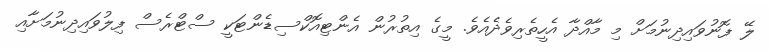
ލޭ ފޮނުވައިދިނުމަށް މި މާއްދާ އެހީތެރިވެދެއެވެ. މީގެ އިތުރުން އެންޓިއޮކްސިޑެންޓަކީ ސްޓްރެސް ފިލުވައިދިނުމަށާއި